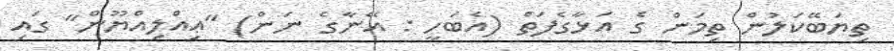
ތިޔަބޭކަލުން ތިމަން ގެ އަޅާގެފަތް (އެބަހީ : އޭނާގެ ނަން) "ޢިއްލިއްޔޫން" ގައި